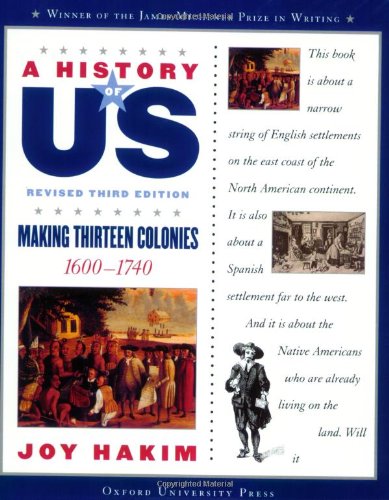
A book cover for A History of US: Making Thirteen Colonies: 1600-1740 A History of US Book Two; Joy Hakim; History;